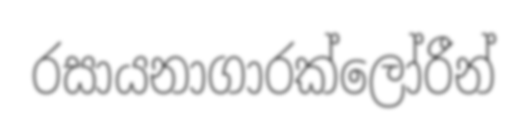
රසායනාගාරක්ලෝරීන්